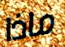
ماذا